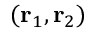
( \mathbf { r } _ { 1 } , \mathbf { r } _ { 2 } )